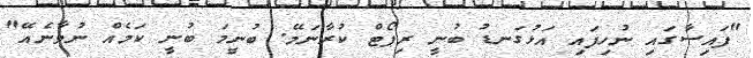
"ފައިސާގައި ނުހިފައި އަޅުގަނޑު ބުނީ ރިޕޯޓް ކުރާނަމޭ. ބުނީމަ ބުނީ ކަމެއް ނުވާނެއޭ"